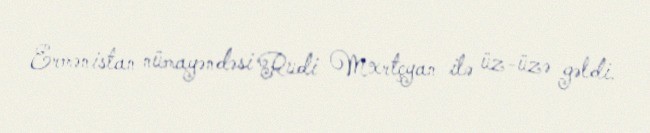
Ermənistan nümayəndəsi Rudi Mxrtçyan ilə üz-üzə gəldi.